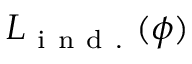
L _ { \mathrm { ~ i ~ n ~ d ~ . ~ } } ( \phi )